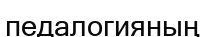
педалогияның